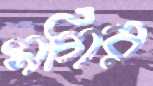
সগির